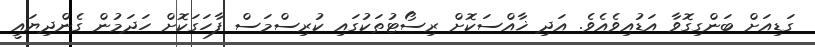
ގަޑިއަށް ބަންގިގޮވާ އަޑުއިވެއެވެ. އަދި ޚާއްސަކޮށް ރިސޯޓުތަކުގައި ކުރިސްމަސް ފާހަގަކޮށް ހަދަމުން ގެންދިޔައީ